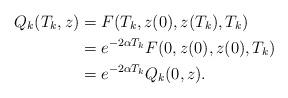
LaTeX: \begin{align*}Q_k(T_{k},z)&=F(T_k,z(0),z(T_k),T_k)\\&= e^{-2\alpha T_k} F(0,z(0),z(0),T_k)\\& =e^{-2\alpha T_k}Q_k(0,z).\end{align*}